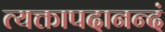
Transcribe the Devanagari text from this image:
त्यक्तापदानन्दं